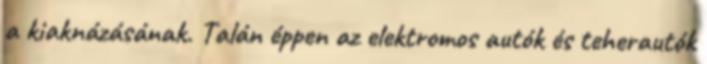
a kiaknázásának. Talán éppen az elektromos autók és teherautók